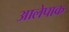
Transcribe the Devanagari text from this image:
आलेपाक